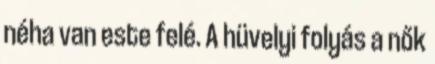
néha van este felé. A hüvelyi folyás a nők